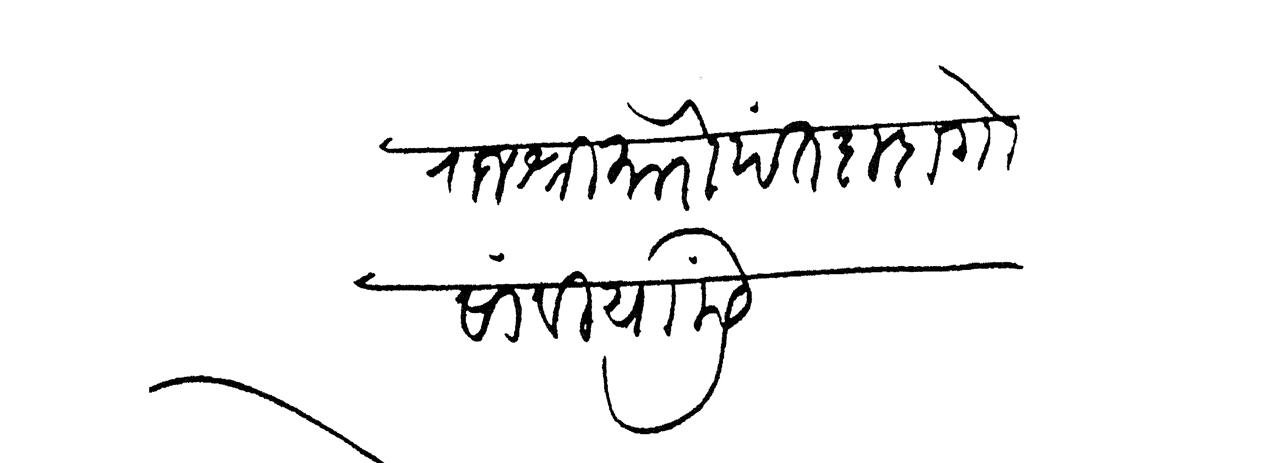
Transliteration (Devanagari): राजश्री मोरोपंत दादा गोसावी यांसी